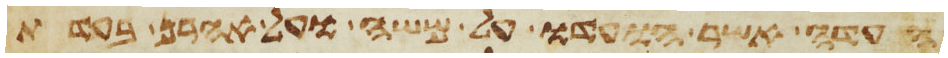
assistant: העדה אשר הועדו על משה ועל אהרן בעדת